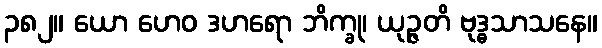
၃၈၂။ ယော ဟေဝ ဒဟရော ဘိက္ခု၊ ယုဉ္ဇတိ ဗုဒ္ဓသာသနေ။